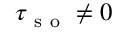
\tau _ { \mathrm { ~ s ~ o ~ } } \neq 0